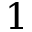
1